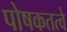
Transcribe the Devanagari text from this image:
पोषकतत्वे